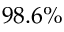
9 8 . 6 \%